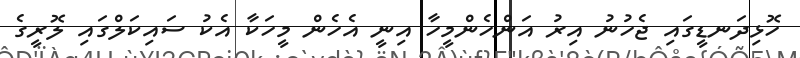
ހޮޅިދަނޑީގައި ޖެހުނު އިރު އަންހެންްމީހާ އިނީ އެހެން މީހަކާ އެކު ސައިކަލްގައި ލޮރީގެ